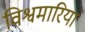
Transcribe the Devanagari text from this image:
विश्वमारियां